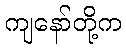
ကျနော်တို့က